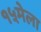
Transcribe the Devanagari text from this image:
१५मेला